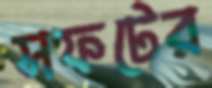
সফটের